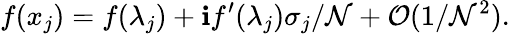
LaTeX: f(x_{j})=f(\lambda_{j})+\mathbf{i}f^{\prime}(\lambda_{j})\sigma_{j}/\mathcal{N}+\mathcal{{O}}(1/\mathcal{N}^{2}).